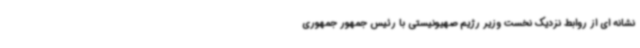
نشانه ای از روابط نزدیک نخست وزیر رژیم صهیونیستی با رئیس جمهور جمهوری